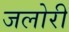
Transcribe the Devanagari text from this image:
जलोरी